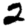
Digit: 2